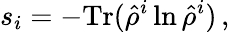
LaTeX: s_{i}=-\mathrm{Tr}(\hat{\rho}^{i}\ln\hat{\rho}^{i})\, ,